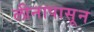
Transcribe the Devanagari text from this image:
लीनापासून